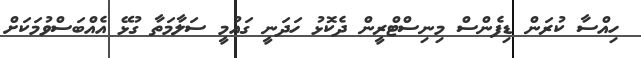
ހިއްސާ ކުރަން ޑިފެންސް މިނިސްޓްރީން ދެކޮޅު ހަދަނީ ގައުމީ ސަލާމަތާ ގުޅޭ އެއްބަސްވުމަކަށް